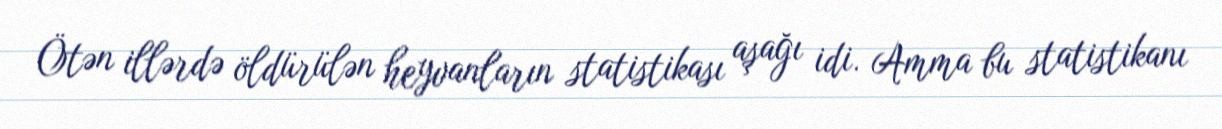
Ötən illərdə öldürülən heyvanların statistikası aşağı idi. Amma bu statistikanı